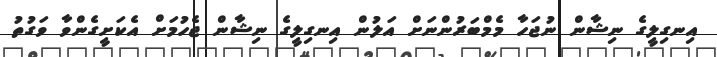
އިނގިލީގެ ނިޝާން ނުޖަހާ މެމްބަރުންނަށް އަލުން އިނގިލީގެ ނިޝާން ޖެހުމަށް އެކަށީގެންވާ ވަގުތު